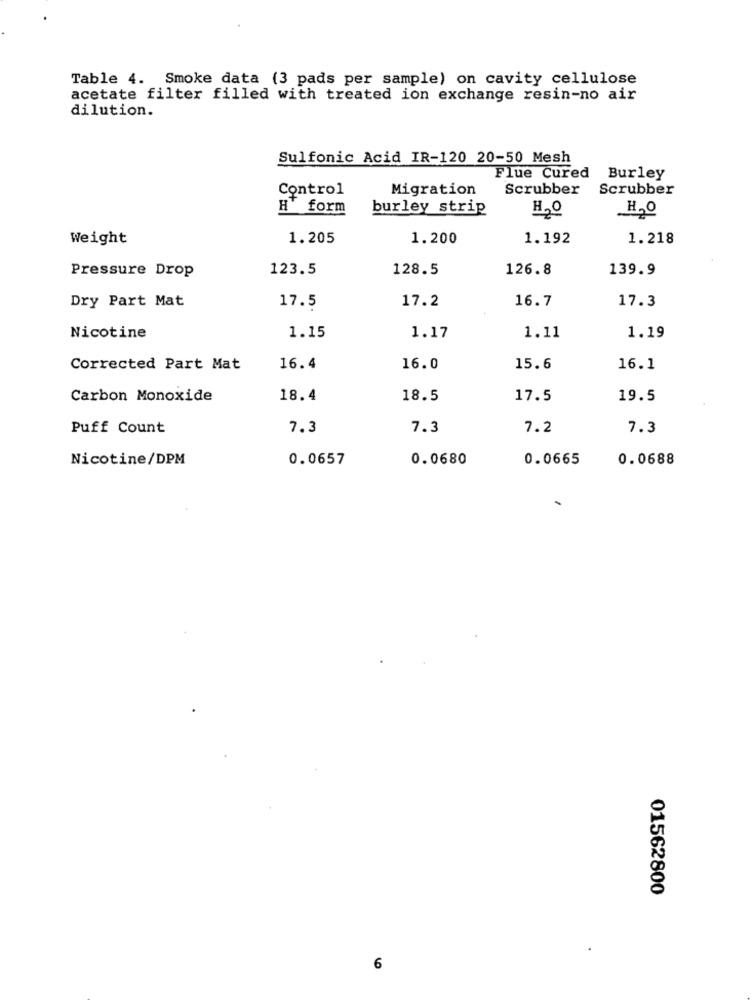
Table 4. Smoke data (3 pads per sample) on cavity cellulose
acetate filter filled with treated ion exchange resin-no air
dilution.
Sulfonic Acid IR-120 20-50 Mesh
Flue Cured Burley
Control
Migration
Scrubber
Scrubber
H form
burley strip
HO
H. O
Weight
1.205
1.200
1.192
1.218
123.5
128.5
126.8
139.9
Pressure Drop
17.5
17.2
16.7
17.3
Dry Part Mat
Nicotine
1.15
1.17
1.11
1.19
Corrected Part Mat
16.4
16.0
15.6
16.1
Carbon Monoxide
18.4
18.5
17.5
19.5
Puff Count
7.3
7.3
7.2
7.3
Nicotine/DPM
0.0657
0.0680
0.0665
0.0688
01562800
6